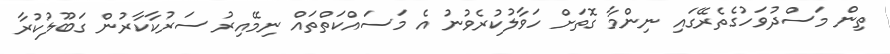
ތިން މަސްދުވަހުގެތެރޭގައި ނިންމާ ގޮތަށް ހަވާލުކުރެވުނު އެ މަސައްކަތްތައް ނިމޭއިރު ސަރުކާކާރުން ގަބޫލުކުރާ